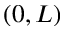
( 0 , L )